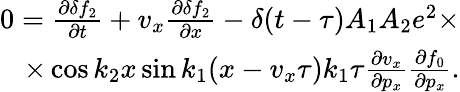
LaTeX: \begin{array}{r}{0=\frac{\partial\delta f_{2}}{\partial t}+v_{x}\frac{\partial\delta f_{2}}{\partial x}-\delta(t-\tau)A_{1}A_{2}e^{2}\times}\\ {\times\cos k_{2}x\sin k_{1}(x-v_{x}\tau)k_{1}\tau\frac{\partial v_{x}}{\partial p_{x}}\frac{\partial f_{0}}{\partial p_{x}}.}\end{array}